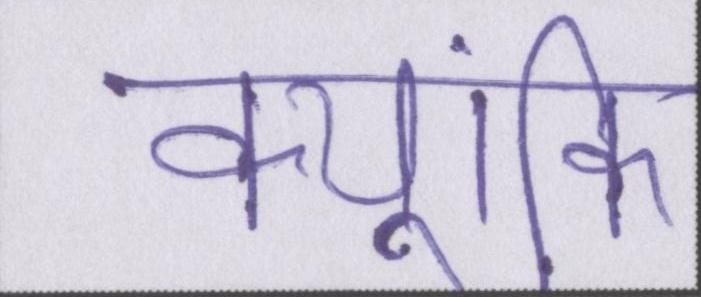
क्यूंकि